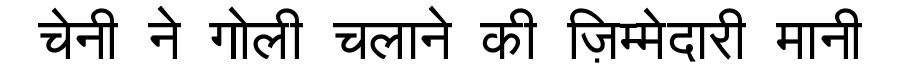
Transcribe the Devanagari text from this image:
चेनी ने गोली चलाने की ज़िम्मेदारी मानी